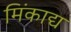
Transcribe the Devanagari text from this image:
मिंकाद्य